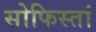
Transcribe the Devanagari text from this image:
सोफिस्तां